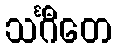
သင်္ဂီတေ